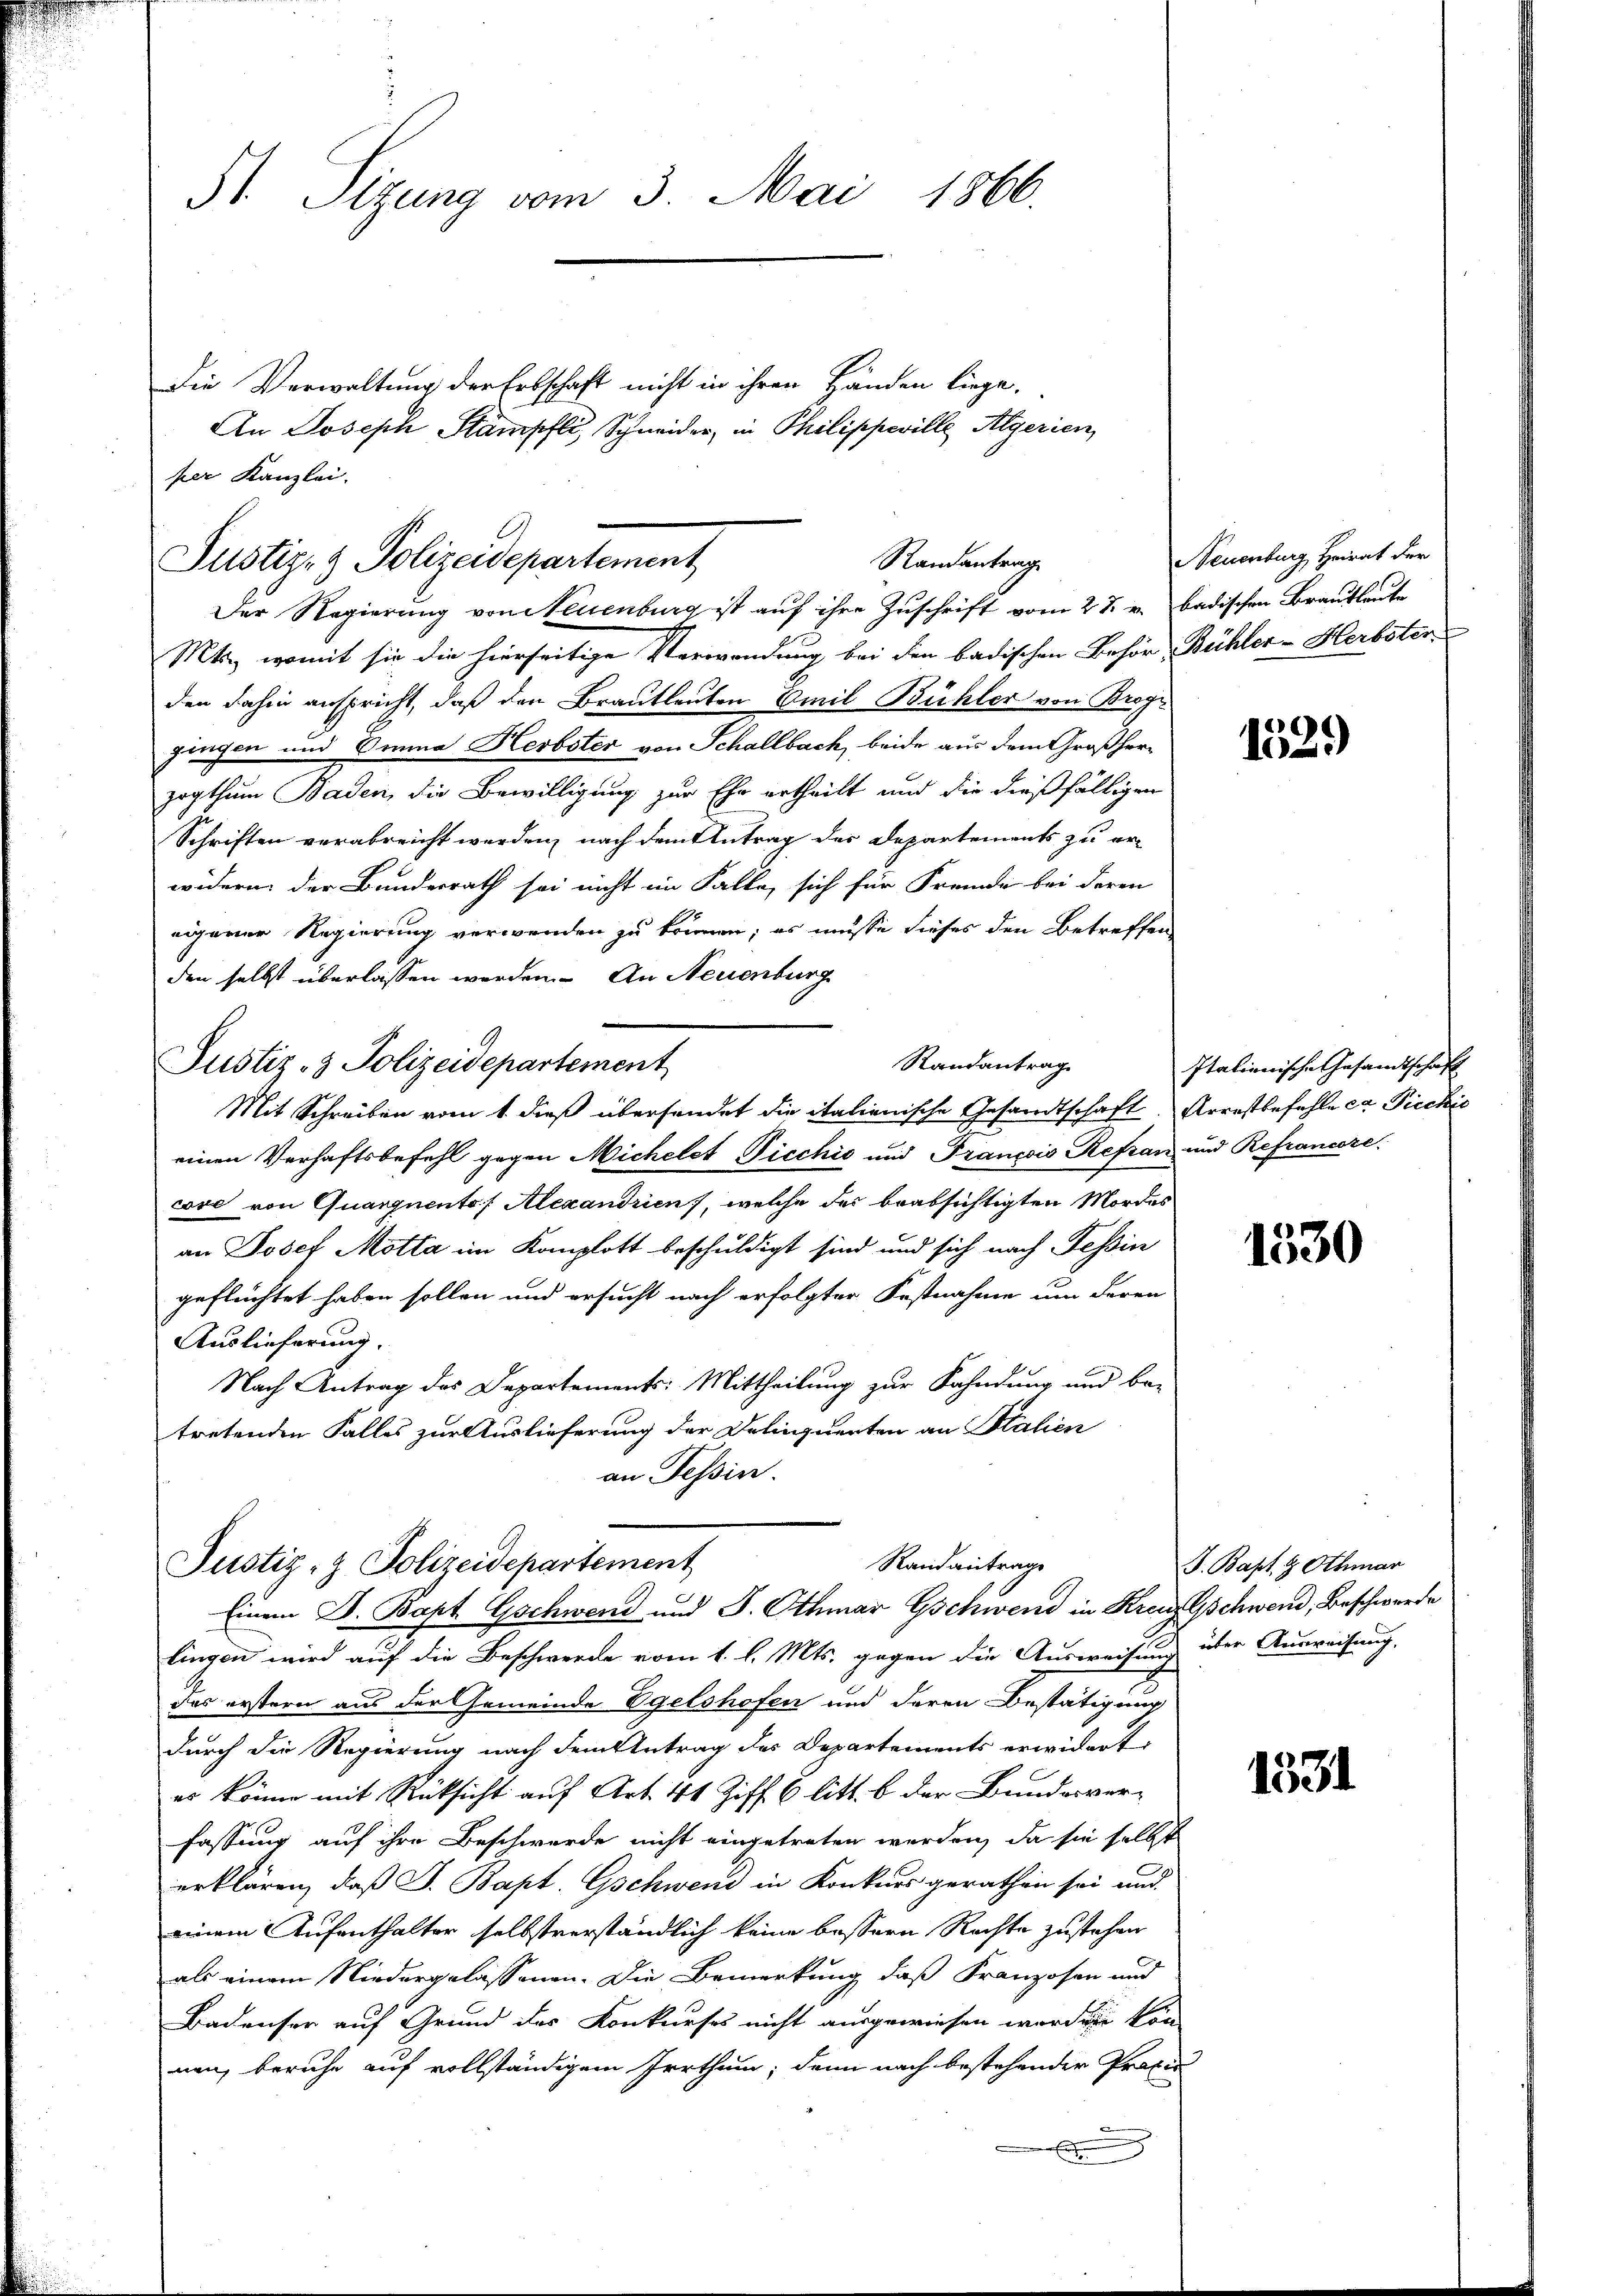
St Sitzung vom 3. Mai 1866.

Die Verwaltung der Erbschaft nicht in ihren Händen liege,
An Joseph Stämpfli, Schneider, in Philippeville Algerien
per Kanzlei.

Mts., womit sie die hierseitige Verwendung bei den badischen Behör-Bühler-Herbster
den dahin anspricht, daß den Brautleuten Emil Bühler von Brog-
gingen und Einna Herbster von Schallbach, beide aus dem Großherzogthum Baden, die Bewilligung zur Ehr ertheilt und die dießfälligen
Schriften verabreicht werden, nach dem Antrag der Departements zu er-
widern der Bundesrath sei nicht im Falle, sich für Fremde bei deren
eigerer Regierung verwenden zu können; es müsse dieses den Betreffen
den selbst überlassen werden. An Neuenburg
Randantrag
Justiz- & Polizeidepartement
Mit Schreiben vom 1. dieß übersendet die italienische Gesandtschaft. Arrestbefehle er Piechis
einen Verhaftsbefehl gegen Michelet Dicchić und Francois Refrau und Refrancore
cose von Quargnento, Alexandrien, welche der beabsichtigten Mordes
an Josef Motta im Kanzlott beschuldigt sind und sich nach Tessin
geflüchtet haben sollen und ersucht nach erfolgter Festnahme um deren
Auslieferung.
Nach Antrag des Departements: Mittheilung zur Fahndung und be-
tretenden Falles zur Auslieferung der Delinquerten an Stalien
an Tessin.

Randantrag
Justiz- & Polizeidepartement
Der Regierung von Neuenburg ist auf ihre Zuschrift vom 27. v. badischen Brautleute

Randantrage
Justiz- & Polizeidepartement
Einem D. Bapt Gschwend und J. Othmar Gschwend in Kreis Gschwend, Beschwerde

lingen wird auf die Beschwerde vom 1. l. Mts. gegen die Ausweisung über Ausweisung,
das erstern aus der Gemeinde Egelshofen und deren Bestätigung
durch die Regierung nach dem Antrag des Departements erwidert
es könne mit Rücksicht auf Art. 41 Ziff. 6 litt. b der Bundesver-
fassung auf ihre Beschwerde nicht eingetreten werden, da sie selbst
erklären, daß S. Bapt. Gschwend in Konkurs gerathen sei und
einem Aufenthalter selbstverständlich keine bessern Rechte zustehen
als einem Niedergelassenen. Die Bemerkung, daß Franzosen und
Badenser auf Grund des Konkurses nicht ausgewiesen worden kön
nen, beruhe auf vollständigem Irrthum, dann nach bestehender Profis
x

Neuenburg, Heirat der

1529

Italienische Gesandtschaft

1530

J. Bapt. 8 Othmar

1531